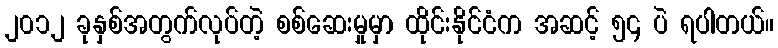
၂၀၁၂ ခုနှစ်အတွက်လုပ်တဲ့ စစ်ဆေးမှုမှာ ထိုင်းနိုင်ငံက အဆင့် ၅၄ ပဲ ရပါတယ်။